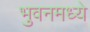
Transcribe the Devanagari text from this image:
भुवनमध्ये